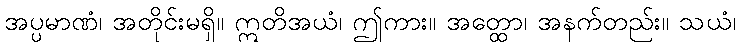
အပ္ပမာဏံ၊ အတိုင်းမရှိ။ ဣတိအယံ၊ ဤကား။ အတ္ထော၊ အနက်တည်း။ သယံ၊